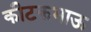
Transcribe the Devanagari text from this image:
कीटकभाऊ